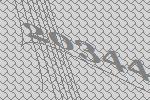
20344